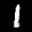
Label: 1